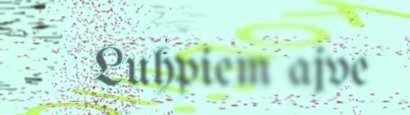
Luhpiem ajve